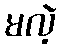
မလဲ့